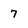
Character: 7